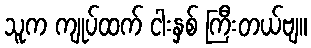
သူက ကျုပ်ထက် ငါးနှစ် ကြီးတယ်ဗျ။